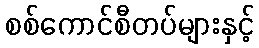
စစ်ကောင်စီတပ်များနှင့်